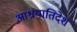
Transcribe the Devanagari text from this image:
आश्रयातिदेश